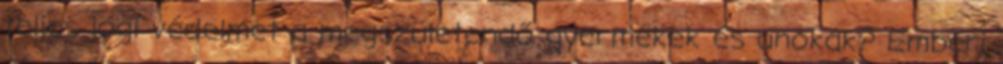
teljes jogi védelmet a megszületendő gyermekek és unokák? Emberi